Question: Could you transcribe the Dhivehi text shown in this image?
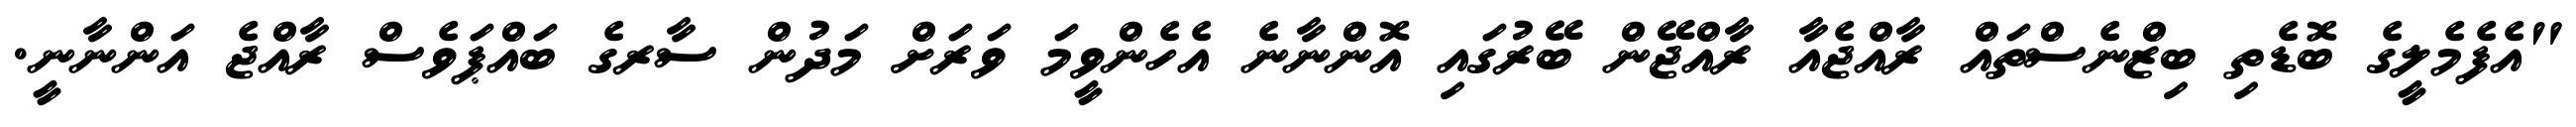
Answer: "އެފެމެލީގެ ބޮޑެތި ބިޒްނެސްތައް ރާއްޖެއާ ރާއްޖޭން ބޭރުގައި އޮންނާނެ އެހެންވީމަ ވަރަށް މަދުން ސާރގެ ބައްޕަވެސް ރާއްޖެ އަންނާނީ.